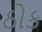
ઠોક